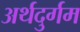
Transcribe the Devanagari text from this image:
अर्थदुर्गम